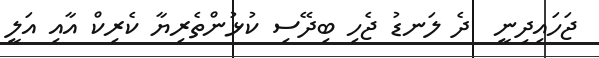
ޖަހައިދިނީ  ދެ ލަނޑު ޖެހި ބިދޭސި ކުޅުންތެރިޔާ ކެރިކް އާއި އަލީ